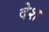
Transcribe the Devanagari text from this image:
देेश